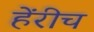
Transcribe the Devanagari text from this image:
हेंरीच